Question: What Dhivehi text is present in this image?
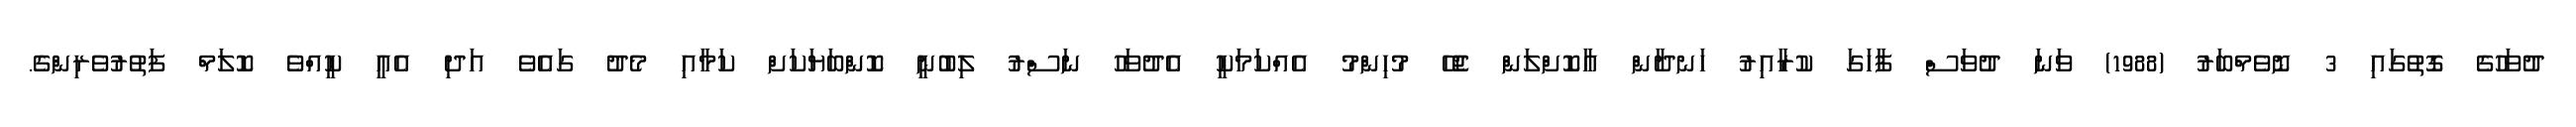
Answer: ދުވަހުގެ ގޮތުގައި 3 ނޮވެމްބަރު (1988) ވަނަ ދުވަސް ފާހަގަ ކުރާއިރު ހަނދާން އާކޮށްލަން ޖެހޭ މުހިންމު އެއްކަމަކީ އެދުވަހު ނަސްރު ލިބުނީ ކޮންބަޔަކަށް ކަމާއި މެދު ގައެވެ އަދި އެއީ ކީއްވެ ކޮލަމް ފަތުރުވެރިންގެ.